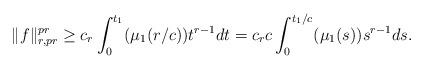
LaTeX: \begin{align*} \|f \|_{r, pr}^{pr} \ge c_r \int_0^{t_1} (\mu_1(r/c))t^{r-1}dt=c_r c \int_0^{t_1/c} (\mu_1(s))s^{r-1}ds.\end{align*}